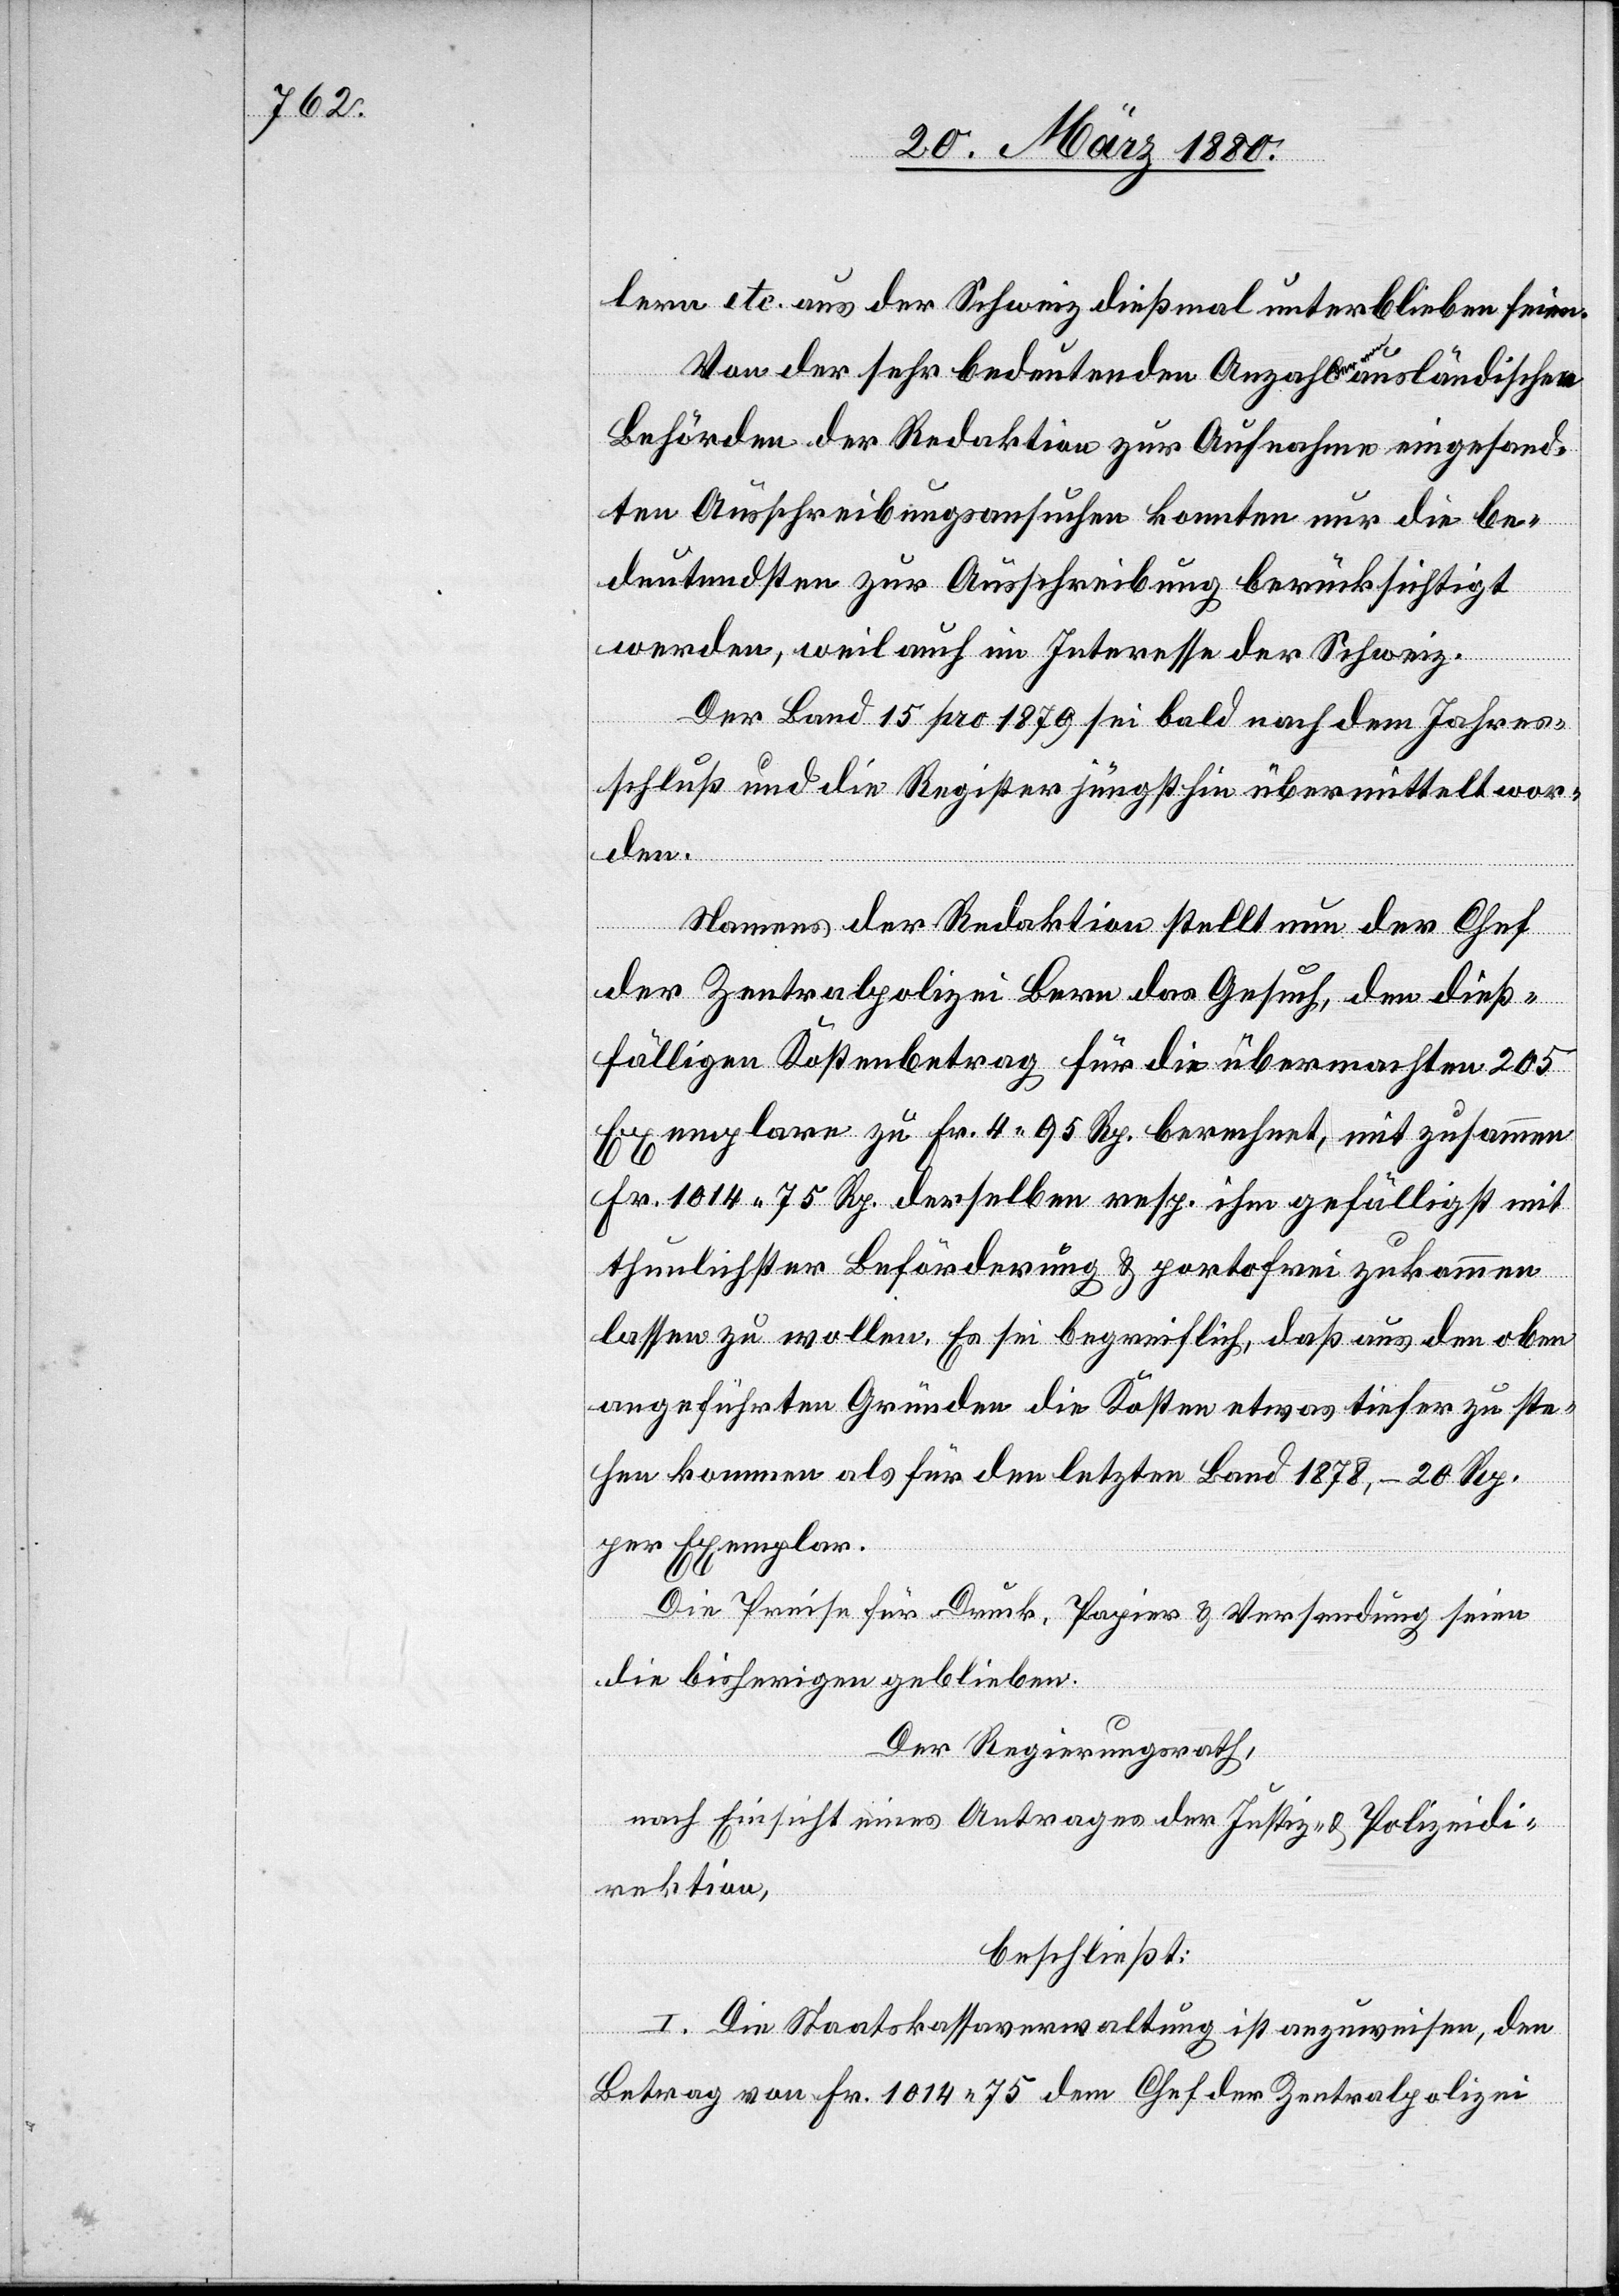
lern etc. aus der Schweiz dießmal unterblieben seien.
Von der sehr bedeutenden Anzahl a-der von-a ausländischen
Behörden der Redaktion zur Aufnahme eingesand¬
ten Ausschreibungsansuchen konnten nur die be¬
deutendsten zur Ausschreibung berücksichtigt
werden, weil auch im Interesse der Schweiz.
Der Band 15 pro 1879 sei bald nach dem Jahres¬
schluß und die Register jüngsthin übermittelt wor¬
den.
Namens der Redaktion stellt nun der Chef
der Zentralpolizei Bern das Gesuch, den dieß¬
fälligen Kostenbetrag für die übermachten 205
Exemplare zu Fr. 4 95 Rp. berechnet, mit zusammen
Fr. 1014 75 Rp. derselben resp. ihm gefälligst mit
thunlichster Beförderung & portofrei zukommen
lassen zu wollen. Es sei begreiflich, daß aus den oben
angeführten Gründen die Kosten etwas tiefer zu ste¬
hen kommen als für den letzten Band 1878, – 20 Rp.
per Exemplar.
Die Preise für Druck, Papier & Versendung seien
die bisherigen geblieben.
Der Regierungsrath,
nach Einsicht eines Antrages der Justiz- & Polizeidi¬
rektion,
beschließt:
I. Die Staatskassaverwaltung ist anzuweisen, den
Betrag von Fr. 1014 75 dem Chef der Zentralpolizei